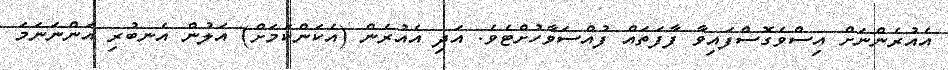
އެއުރެންނަށް އިސްވެގޮސްފައިވާ ފާފަތައް ފުއްސަވާހުށްޓެވެ. އަދި އެއުރެން (އެކަންކަމަށް) އަލުން އެނބުރި އަންނަނަމަ